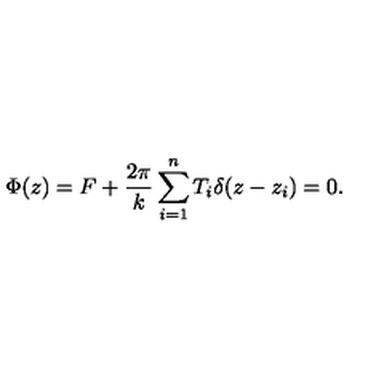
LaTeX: \Phi ( z ) = F + \frac { 2 \pi } { k } \sum _ { i = 1 } ^ { n } T _ { i } \delta ( z - z _ { i } ) = 0 .